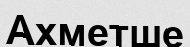
Ахметше